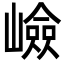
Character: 嶮